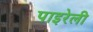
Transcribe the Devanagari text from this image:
पाइरेली